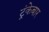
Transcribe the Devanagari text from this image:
ट्रंकेबार